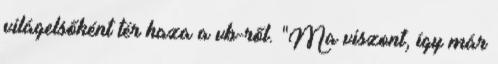
világelsőként tér haza a vb-ről. "Ma viszont, így már